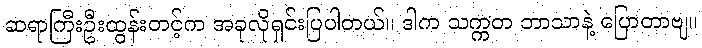
ဆရာကြီးဦးထွန်းတင့်က အခုလိုရှင်းပြပါတယ်။ ဒါက သက္ကတ ဘာသာနဲ့ ပြောတာဗျ။